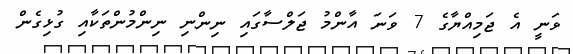
ވަނީ އެ ޖަމިއްޔާގެ 7 ވަނަ އާންމު ޖަލްސާގައި ނިންނި ނިންމުންތަކާއި ގުޅިގެން